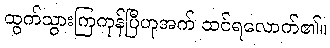
ထွက်သွားကြကုန်ပြီဟုအက် ထင်ရလောက်၏။